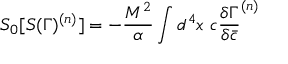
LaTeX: S _ { 0 } [ S ( \Gamma ) ^ { ( n ) } ] = - { \frac { M ^ { 2 } } { \alpha } } \int d ^ { 4 } x ~ c { \frac { \delta { \Gamma } } { \delta \bar { c } } } ^ { ( n ) }